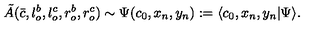
{ \tilde { A } } ( \bar { c } , l _ { o } ^ { b } , l _ { o } ^ { c } , r _ { o } ^ { b } , r _ { o } ^ { c } ) \sim \Psi ( c _ { 0 } , x _ { n } , y _ { n } ) : = \langle c _ { 0 } , x _ { n } , y _ { n } | \Psi \rangle .